system: You are a helpful assistant.
user:
Analyze the provided spectrum to determine if it is a **M-type Giant (gM)**.

A M-type Giant spectrum is defined by its **strong molecular absorption** features, particularly from **Titanium Oxide (TiO)**. You must check for one of the following mutually exclusive signatures:

- **Key Visual Indicators (Absorption-Dominated Spectrum):**

    - **(Primary):** The spectrum is dominated by strong molecular absorption from **Titanium Oxide (TiO)**. This is the **defining feature** of its M-type temperature class.
        - **(Key Bandheads):** Look for sharp, "saw-tooth" absorption valleys. The strongest are located near **~7050 Å**, **~6160 Å**, and **~5170 Å**.
        - **(Line Profile):** The "saw-tooth" morphology is critical: a **sharp, steep drop on the BLUE (short-wavelength) side** of the bandhead, followed by a gradual recovery (rising flux) towards the RED (long-wavelength) side.

    - **(Key Confirmation - Giant vs. Dwarf):** **ABSENCE** of strong **Calcium Hydride (CaH)** molecular bands. This is the primary diagnostic for *excluding* M-dwarfs.
        - **(Key Region):** The spectrum should lack the strong, broad absorption band seen in dwarfs between **~6800 Å and ~7000 Å**.

    - **(Secondary Confirmation - Giant):** A very strong and broad **Neutral Calcium (Ca I)** atomic absorption line.
        - **(Key Line):** Located at **~4226 Å**. In a giant (gM), this line is significantly deeper and broader than the same line in an M-dwarf (dM) due to low surface gravity.

    - **(Overall Spectrum):**
        - The continuum is **extremely red-sloping** (i.e., flux is very low in the blue and rises dramatically towards the red).
        - The entire spectrum appears "chopped up" by the deep TiO bands.

Think first, call **spectral_visualization_tool** if needed to examine features in detail, then provide your final answer. Your response must adhere to the following strict rules:
1.  **Overall Structure:** Your response must follow the format `<think>...</think> <tool_call>...</tool_call> (if a tool is used) <answer>...</answer>`.
2.  **Tool Usage Constraint:** You may only make **one** tool call per turn.
3.  **Final Answer Format:** In the `<answer>` tag, your conclusion must be inside a `\boxed{}` command (e.g., `\boxed{YES}` or `\boxed{NO}`), followed by your justification.

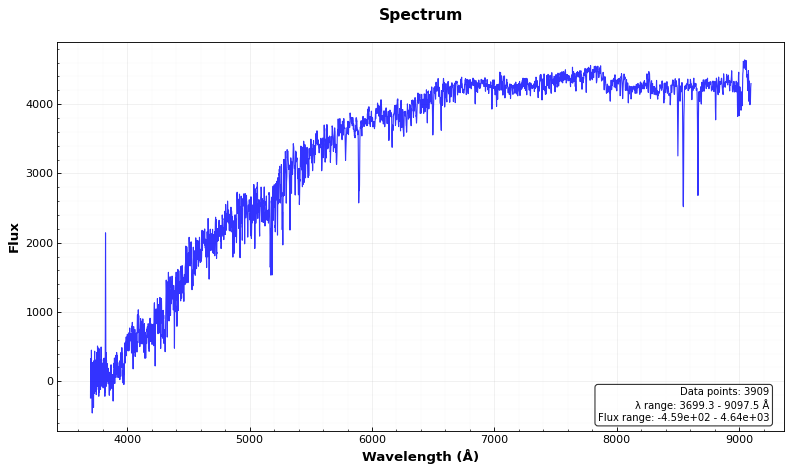
Answer: NO